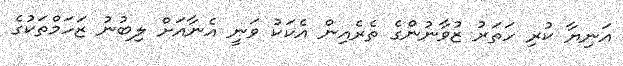
އަނިޔާ ކުރި ހަތަރު ޒުވާނުންގެ ތެރެއިން އެކަކު ވަނީ އެނާއަށް ލިބުނު ޒަހަމްތަކުގެ